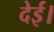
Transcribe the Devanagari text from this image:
देई।